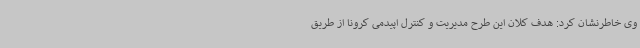
وی خاطرنشان کرد: هدف کلان این طرح مدیریت و کنترل اپیدمی کرونا از طریق